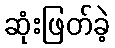
ဆုံးဖြတ်ခဲ့